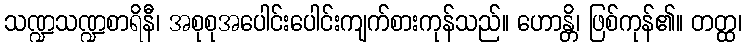
သဏ္ဍသဏ္ဍစာရိနီ၊ အစုစုအပေါင်းပေါင်းကျက်စားကုန်သည်။ ဟောန္တိ၊ ဖြစ်ကုန်၏။ တတ္ထ၊